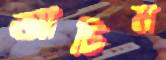
আচিম